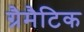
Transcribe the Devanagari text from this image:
ग्रैमैटिक